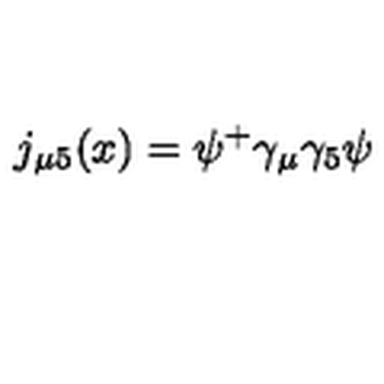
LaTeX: j _ { \mu 5 } ( x ) = \psi ^ { + } \gamma _ { \mu } \gamma _ { 5 } \psi